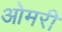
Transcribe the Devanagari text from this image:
ओमरी